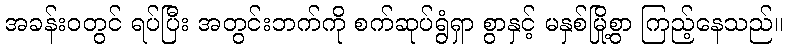
အခန်းဝတွင် ရပ်ပြီး အတွင်းဘက်ကို စက်ဆုပ်ရွံရှာ စွာနှင့် မနှစ်မြို့စွာ ကြည့်နေသည်။